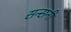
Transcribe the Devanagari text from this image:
सन्सनी